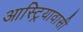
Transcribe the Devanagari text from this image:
आस्ट्रियावासी